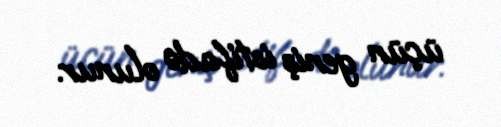
üçün geniş istifadə olunur.